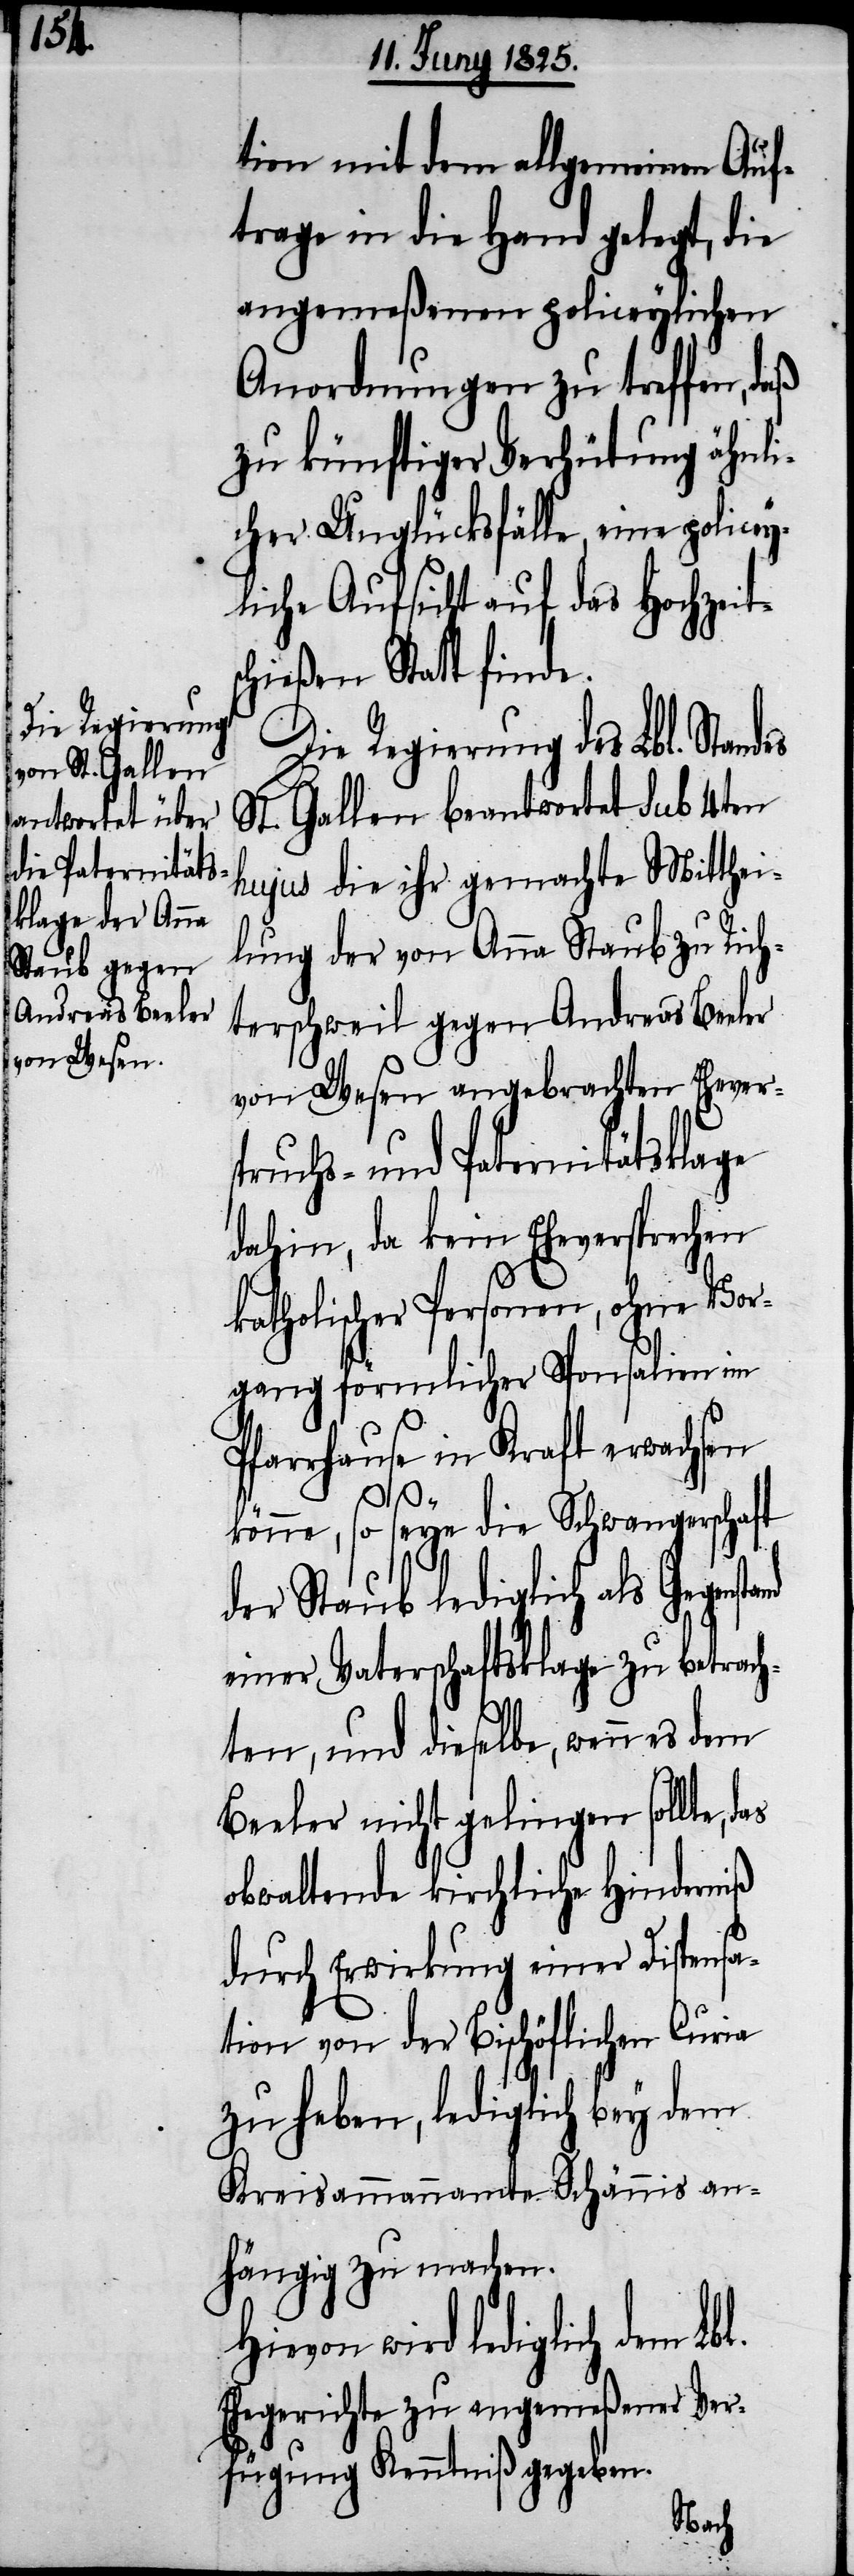
l.

tion mit dem allgemeinen Auf¬
trage in die Hand gelegt, die
angemeßenen policeylichen
Anordnungen zu treffen,
zu künftiger Verhütung ähnli¬
cher Unglücksfälle, eine policey¬
liche Aufsicht auf das Hochzeits¬
chießen Statt finde.
Die Regierung des Lbl. Standes
St. Gallen beantwortet sub 4ten
hujus die ihr gemachte Mitthei¬
lung der von Anna Stab zu Rich¬
terschweil gegen Andreas Beeler
von Wesen angebrachten Ehevers¬
pruchs- und Paternitätsklage
dahin, da kein Eheversprechen
katholischer Personen, ohne Vor¬
gang förmlicher Sponsalien im
Pfarrhause in Kraft erwachsen
könne, so seye die Schwangerschaft
der Staub lediglich als Gegens¬
einer Vaterschaftsklage zu betrach¬
ten, und dieselbe, wenn es dem
Beeler nicht gelingen sollte,
obwaltende kirchliche Hinderniß
durch Erwirkung einer Dispensa¬
tion von der Bischöflichen Curia
zu haben, lediglich bey dem
Kreisammannamte Schänis an¬
hängig zu machen.
Hievon wird lediglich dem Lb¬
Ehegerichte zu angemeßener Ver¬
fügung Kenntniß gegeben.
tand